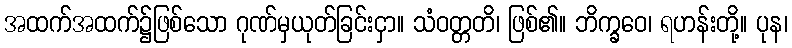
အထက်အထက်၌ဖြစ်သော ဂုဏ်မှယုတ်ခြင်းငှာ။ သံဝတ္တတိ၊ ဖြစ်၏။ ဘိက္ခဝေ၊ ရဟန်းတို့။ ပုန၊